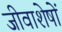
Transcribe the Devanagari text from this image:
जीवाशेषों